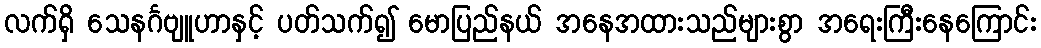
လက်ရှိ သေနင်္ဂဗျူဟာနှင့် ပတ်သက်၍ မောပြည်နယ် အနေအထားသည်များစွာ အရေးကြီးနေကြောင်း